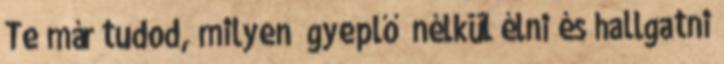
Te már tudod, milyen „gyeplő” nélkül élni és hallgatni